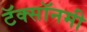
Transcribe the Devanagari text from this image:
टॅक्सॉनमी